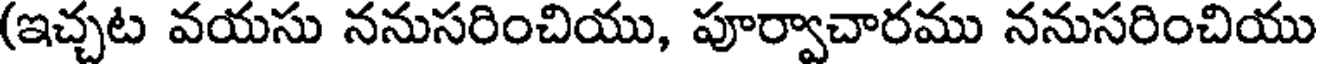
(ఇచ్చట వయసు ననుసరించియు, పూర్వాచారము ననుసరించియు